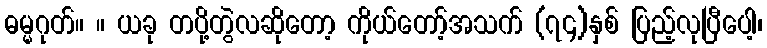
ဓမ္မဂုတ်။ ။ ယခု တပို့တွဲလဆိုတော့ ကိုယ်တော့်အသက် (၇၄)နှစ် ပြည့်လုပြီပေါ့၊